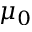
\mu _ { 0 }